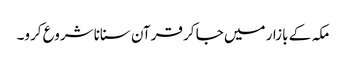
مکہ کے بازار میں جا کر قرآن سنانا شروع کرو۔